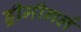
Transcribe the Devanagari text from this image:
ड्रीमीगर्ल